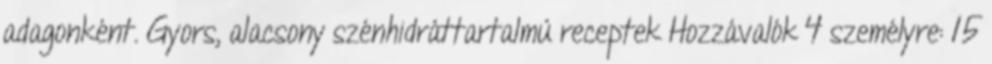
adagonként. Gyors, alacsony szénhidráttartalmú receptek Hozzávalók 4 személyre: 15